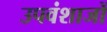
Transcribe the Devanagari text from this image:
उपवंशाजों